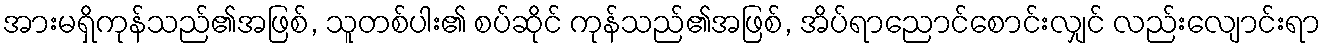
အားမရှိကုန်သည်၏အဖြစ်, သူတစ်ပါး၏ စပ်ဆိုင် ကုန်သည်၏အဖြစ်, အိပ်ရာညောင်စောင်းလျှင် လည်းလျောင်းရာ